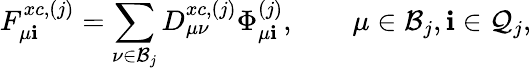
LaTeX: F_{\mu\mathbf{i}}^{xc,(j)}=\sum_{\nu\in\mathcal{{B}}_{j}}D_{\mu\nu}^{xc,(j)}\Phi_{\mu\mathbf{i}}^{(j)},\qquad\mu\in\mathcal{{B}}_{j},\mathbf{i}\in\mathcal{{Q}}_{j},